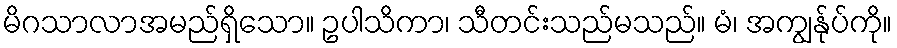
မိဂသာလာအမည်ရှိသော။ ဥပါသိကာ၊ သီတင်းသည်မသည်။ မံ၊ အကျွန်ုပ်ကို။